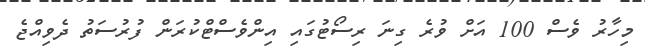
މިހާރު ވެސް 100 އަށް ވުރެ ގިނަ ރިސޯޓުގައި އިންވެސްޓްކުރަން ފުރުސަތު ދެވިއްޖެ